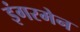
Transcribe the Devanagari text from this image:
इंगरमेन